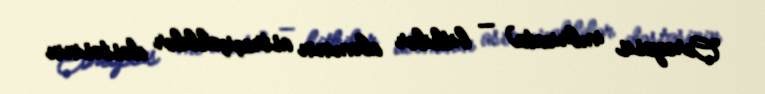
Coreopsis imbricata) — bitkilər aləminin astraçiçəklilər dəstəsinin